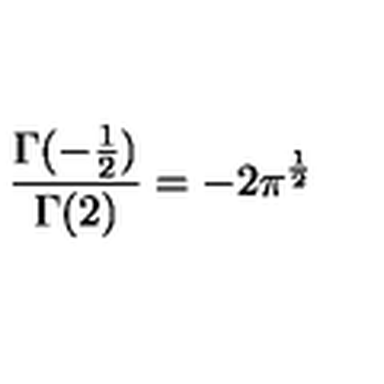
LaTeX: \frac { \Gamma ( - \frac { 1 } { 2 } ) } { \Gamma ( 2 ) } = - 2 \pi ^ { \frac { 1 } { 2 } }